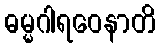
ဓမ္မဂါရဝေနာတိ